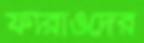
ফারাওদের